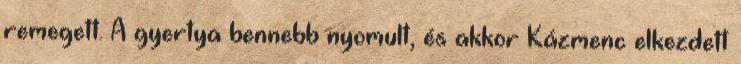
remegett. A gyertya bennebb nyomult, és akkor Kázmenc elkezdett